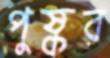
পুষ্কর